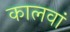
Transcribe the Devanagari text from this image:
कालवां